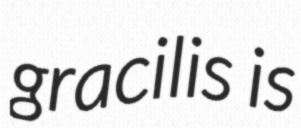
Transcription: gracilis is